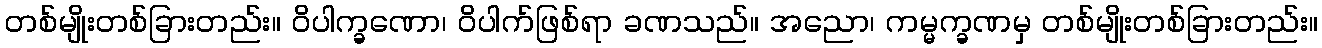
တစ်မျိုးတစ်ခြားတည်း။ ဝိပါက္ခဏော၊ ဝိပါက်ဖြစ်ရာ ခဏသည်။ အညော၊ ကမ္မက္ခဏမှ တစ်မျိုးတစ်ခြားတည်း။